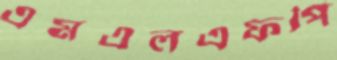
এমএলএফপি